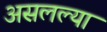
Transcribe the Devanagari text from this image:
असलल्या